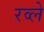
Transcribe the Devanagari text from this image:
रव्ले